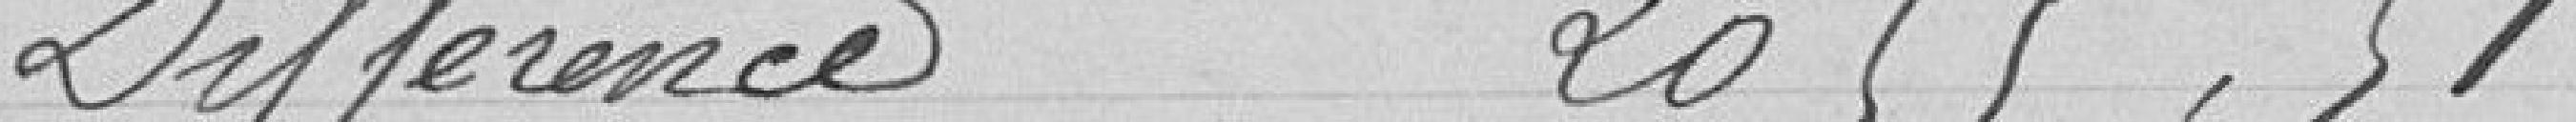
Différences 2055,51